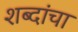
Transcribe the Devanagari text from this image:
शब्दांचा